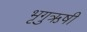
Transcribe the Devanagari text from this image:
भृगुऋषी